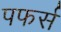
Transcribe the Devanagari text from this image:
पफर्स